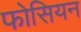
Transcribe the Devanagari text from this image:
फोसियन